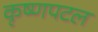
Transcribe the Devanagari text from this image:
कृष्णपटल